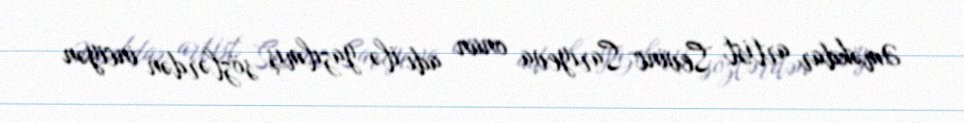
Əməkdar artist Sevinc Sarıyeva onun adı ilə yazılmış sözlərdən inciyən